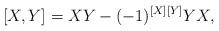
LaTeX: \begin{align*}[X, Y]=X Y - (-1)^{[X][Y]}Y X,\end{align*}